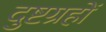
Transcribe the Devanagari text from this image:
दुष्टग्रहों